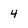
Character: 4